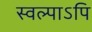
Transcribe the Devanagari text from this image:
स्वल्पाऽपि